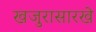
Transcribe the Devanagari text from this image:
खजुरासारखे